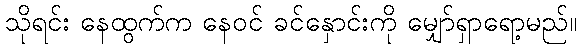
သိုရင်း နေထွက်က နေဝင် ခင်နှောင်းကို မျှော်ရှာရော့မည်။